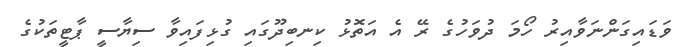
ވަޑައިގަންނަވާއިރު ހޯމަ ދުވަހުގެ ރޭ އެ އަތޮޅު ކިނބިދޫގައި ގުޅިފައިވާ ސިޔާސީ ޕާޓީތަކުގެ